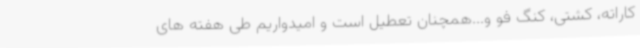
کاراته، کشتی، کنگ فو و...همچنان تعطیل است و امیدواریم طی هفته های